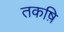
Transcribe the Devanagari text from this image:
तकष़ि